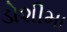
ડોશીમા